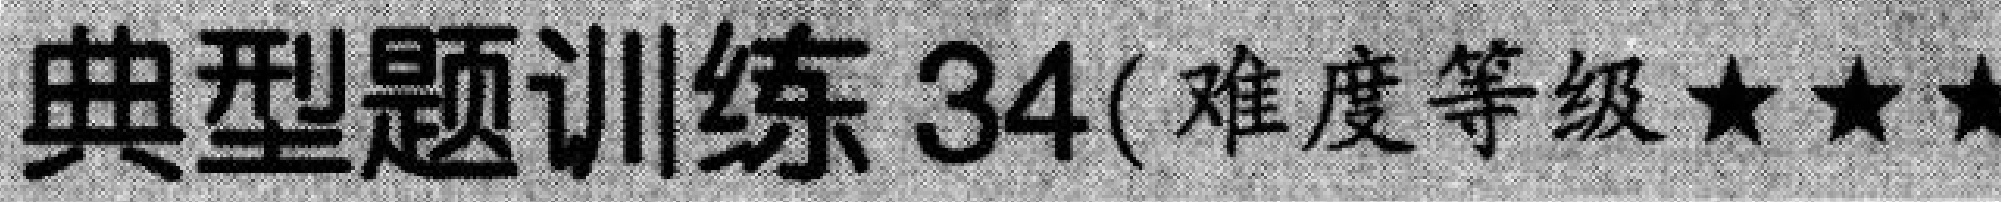
典型题训练\(34(\)难度等级\(★★★\)